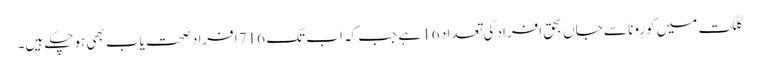
گلگت میں کورونا سے جاں بحق افراد کی تعداد 16 ہے جب کہ اب تک 716 افراد صحت یاب بھی ہوچکے ہیں۔